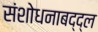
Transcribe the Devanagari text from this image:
संशोधनाबद्द्ल